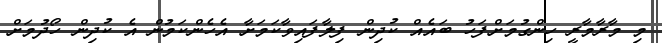
މި މާރާމާރީ ހިންގުމަށްފަހު ބައެއް ކުދިން ފިލާފައިވާކަމަށާ އެހެންކަމުން އެ ކުދިން ހޯދުމަށް